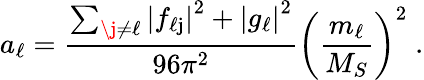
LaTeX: a_{\ell}=\frac{\sum_{\j\neq\ell}\left|f_{\ell\mathrm j}\right|^{2}+\left|g_{\ell}\right|^{2}}{96\pi^{2}}\left(\frac{m_{\ell}}{M_{S}}\right)^{2}\; .